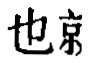
也京